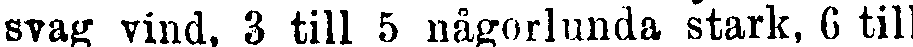
svag vind, 3 till 5 någorlunda stark, 6 till